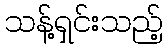
သန့်ရှင်းသည့်